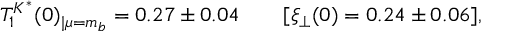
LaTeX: T _ { 1 } ^ { K ^ { * } } ( 0 ) _ { | \mu = m _ { b } } = 0 . 2 7 \pm 0 . 0 4 \qquad [ \xi _ { \perp } ( 0 ) = 0 . 2 4 \pm 0 . 0 6 ] ,